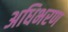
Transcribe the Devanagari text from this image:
अधिभरण